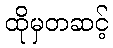
ထိုမှတဆင့်